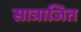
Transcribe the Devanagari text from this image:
सात्राजित